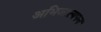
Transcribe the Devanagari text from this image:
अभिजात्यपन